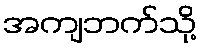
အကျဘက်သို့